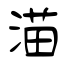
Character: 渵